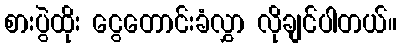
စားပွဲထိုး ငွေတောင်းခံလွှာ လိုချင်ပါတယ်။